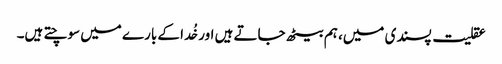
عقلیت پسندی میں، ہم بیٹھ جاتے ہیں اور خُدا کے بارے میں سوچتے ہیں۔